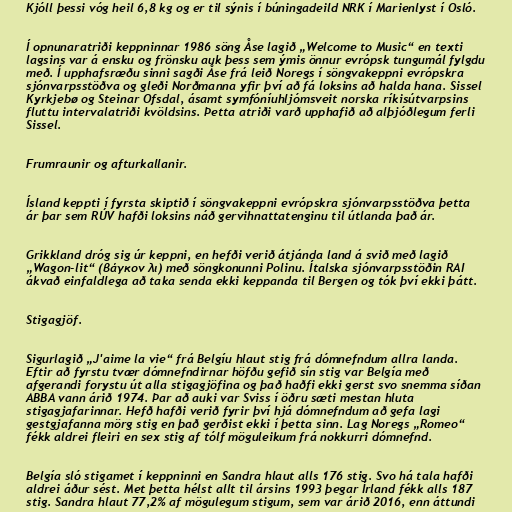
Kjóll þessi vóg heil 6,8 kg og er til sýnis í búningadeild NRK í Marienlyst í Osló.

Í opnunaratriði keppninnar 1986 söng Åse lagið „Welcome to Music“ en texti
lagsins var á ensku og frönsku auk þess sem ýmis önnur evrópsk tungumál fylgdu
með. Í upphafsræðu sinni sagði Åse frá leið Noregs í söngvakeppni evrópskra
sjónvarpsstöðva og gleði Norðmanna yfir því að fá loksins að halda hana. Sissel
Kyrkjebø og Steinar Ofsdal, ásamt symfóníuhljómsveit norska ríkisútvarpsins
fluttu intervalatriði kvöldsins. Þetta atriði varð upphafið að alþjóðlegum ferli
Sissel.

Frumraunir og afturkallanir.

Ísland keppti í fyrsta skiptið í söngvakeppni evrópskra sjónvarpsstöðva þetta
ár þar sem RÚV hafði loksins náð gervihnattatenginu til útlanda það ár.

Grikkland dróg sig úr keppni, en hefði verið átjánda land á svið með lagið
„Wagon-lit“ (βάγκον λι) með söngkonunni Polinu. Ítalska sjónvarpsstöðin RAI
ákvað einfaldlega að taka senda ekki keppanda til Bergen og tók því ekki þátt.

Stigagjöf.

Sigurlagið „J'aime la vie“ frá Belgíu hlaut stig frá dómnefndum allra landa.
Eftir að fyrstu tvær dómnefndirnar höfðu gefið sín stig var Belgía með
afgerandi forystu út alla stigagjöfina og það haðfi ekki gerst svo snemma síðan
ABBA vann árið 1974. Þar að auki var Sviss í öðru sæti mestan hluta
stigagjafarinnar. Hefð hafði verið fyrir því hjá dómnefndum að gefa lagi
gestgjafanna mörg stig en það gerðist ekki í þetta sinn. Lag Noregs „Romeo“
fékk aldrei fleiri en sex stig af tólf möguleikum frá nokkurri dómnefnd.

Belgía sló stigamet í keppninni en Sandra hlaut alls 176 stig. Svo há tala hafði
aldrei áður sést. Met þetta hélst allt til ársins 1993 þegar Írland fékk alls 187
stig. Sandra hlaut 77,2% af mögulegum stigum, sem var árið 2016, enn áttundi